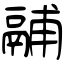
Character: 鬴